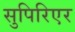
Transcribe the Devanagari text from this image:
सुपिरिएर